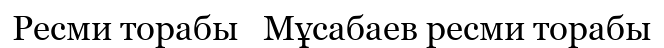
Ресми торабы   Мұсабаев ресми торабы